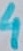
Text: 4